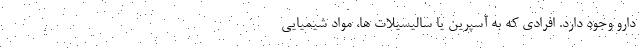
دارو وجود دارد. افرادی که به آسپرین یا سالیسیلات ها، مواد شیمیایی